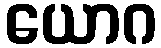
ယောဂ